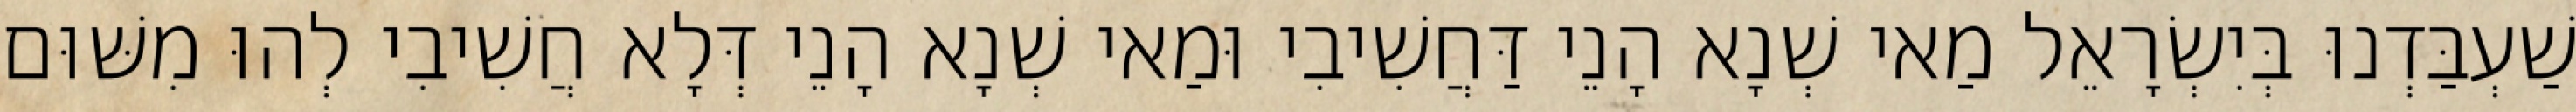
שַׁעְבַּדְנוּ בְּיִשְׂרָאֵל מַאי שְׁנָא הָנֵי דַּחֲשִׁיבִי וּמַאי שְׁנָא הָנֵי דְּלָא חֲשִׁיבִי לְהוּ מִשּׁוּם